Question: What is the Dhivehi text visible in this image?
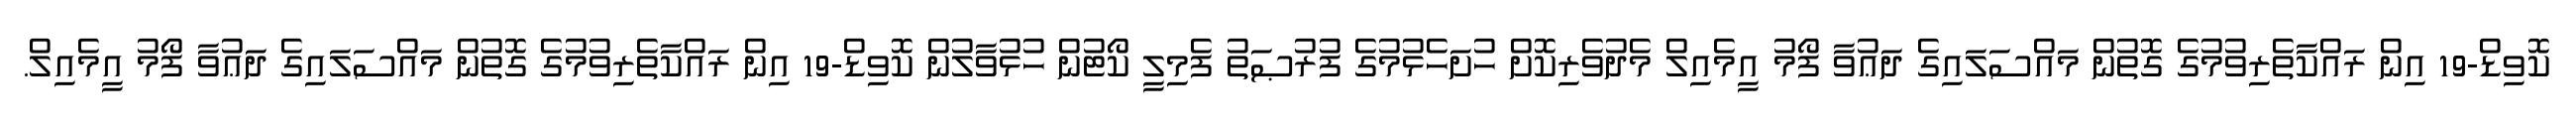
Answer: ކޮވިޑް-19 އިން ރައްކާތެރިވުމުގެ ގޮތުން މައްސަލައިގެ ދަޢުވާ ފޯމު އީމެއިލް މެދުވެރިކޮށް ހުށަހެޅުމުގެ ފުރުޞަތު ފެމިލީ ކޯޓުން ހުޅުވާލުން ކޮވިޑް-19 އިން ރައްކާތެރިވުމުގެ ގޮތުން މައްސަލައިގެ ދަޢުވާ ފޯމު އީމެއިލް.